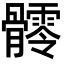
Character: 𩪥